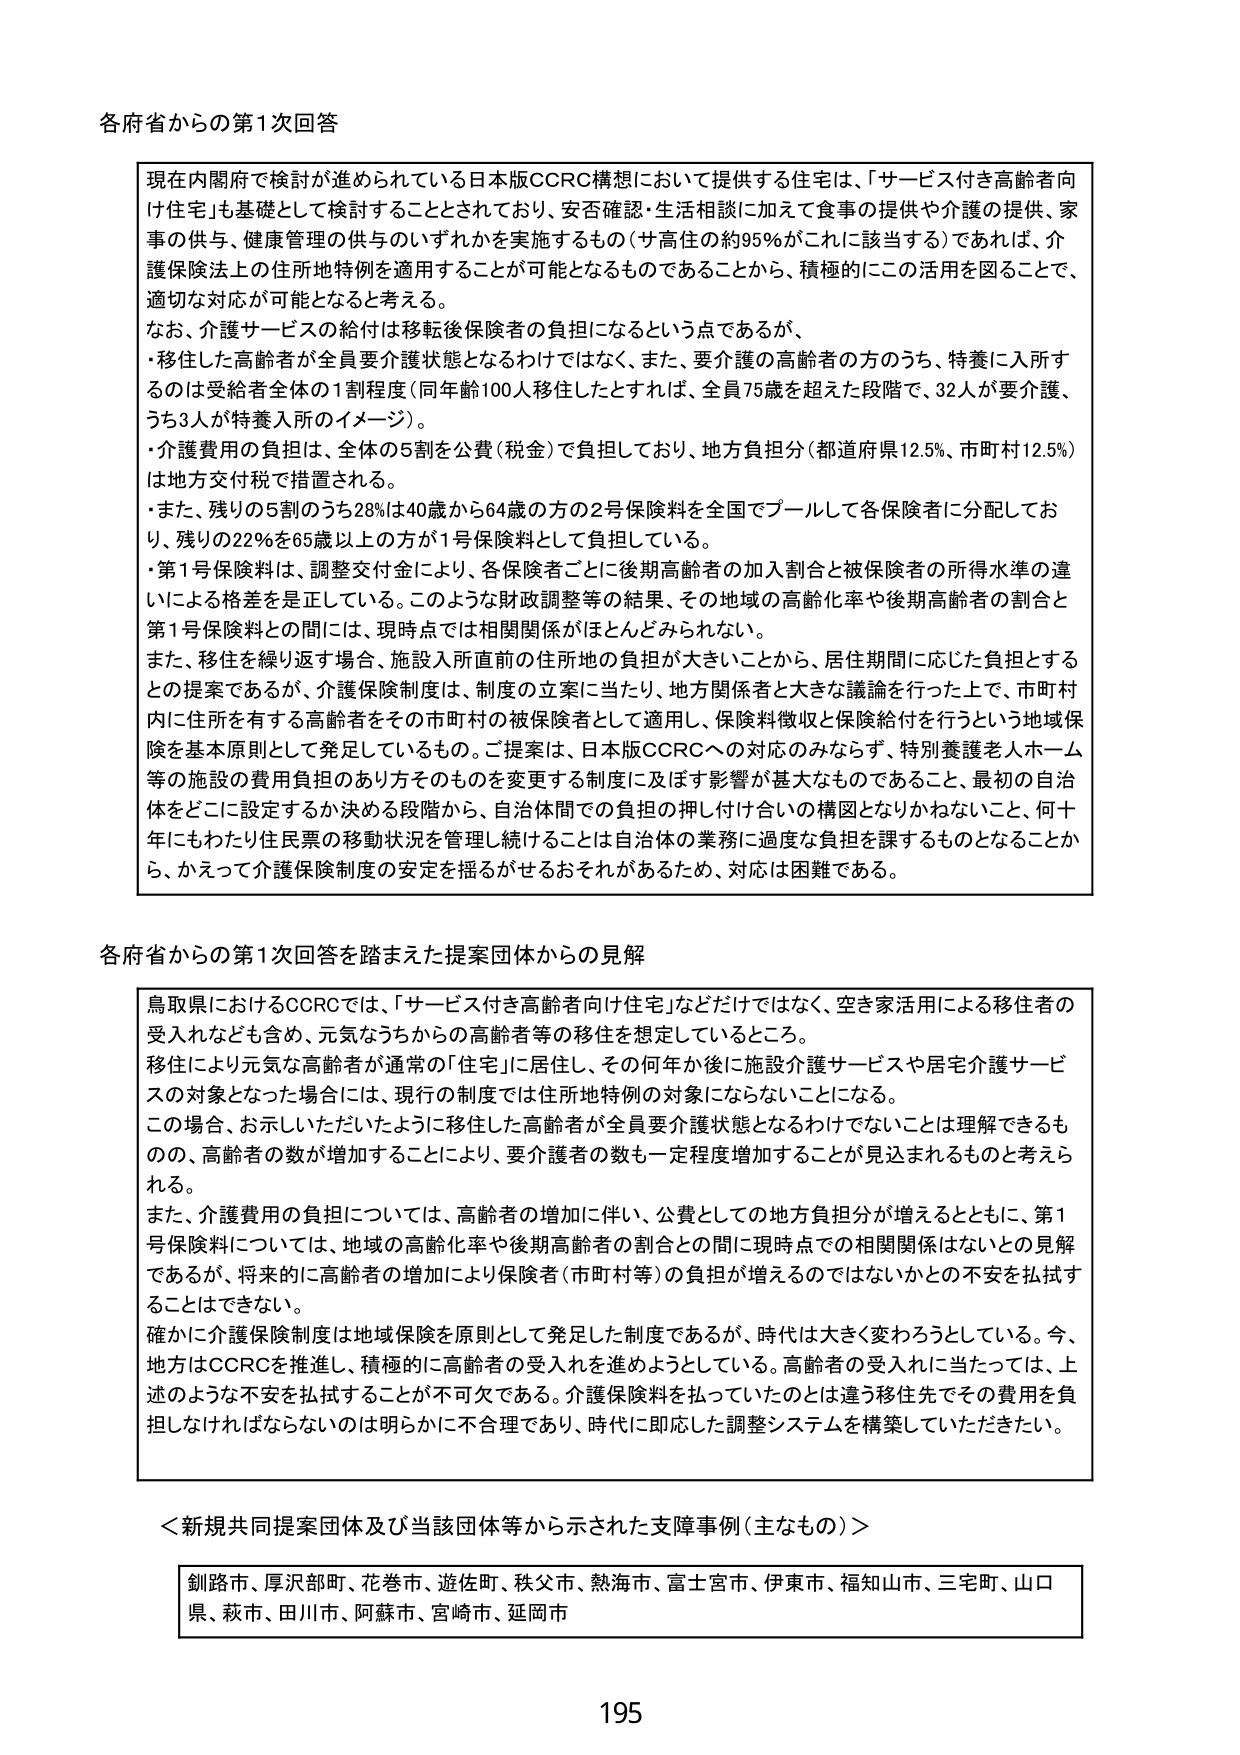
各府省からの第1次回答

現在内閣府で検討が進められている日本版CCRC構想において提供する住宅は、「サービス付き高齢者向け住宅」も基礎として検討することとされており、安否確認・生活相談に加えて食事の提供や介護の提供、家事の供与、健康管理の供与のいずれかを実施するもの（サ高住の約95％がこれに該当する）であれば、介護保険法上の住所地特例を適用することが可能となるものであることから、積極的にこの活用を図ることで、適切な対応が可能となると考える。

なお、介護サービスの給付は移転後保険者の負担になるという点であるが、
・移住した高齢者が全員要介護状態となるわけではなく、また、要介護の高齢者の方のうち、特養に入所するのは受給者全体の1割程度（同年齢100人移住したとすれば、全員75歳を超えた段階で、32人が要介護、うち3人が特養入所のイメージ）。
・介護費用の負担は、全体の5割を公費（税金）で負担しており、地方負担分（都道府県12.5％、市町村12.5％）は地方交付税で措置される。
・また、残りの5割のうち28％は40歳から64歳の方の2号保険料を全国でプールして各保険者に分配しており、残りの22％を65歳以上の方が1号保険料として負担している。
・第1号保険料は、調整交付金により、各保険者ごとに後期高齢者の加入割合と被保険者の所得水準の違いによる格差を是正している。このような財政調整等の結果、その地域の高齢化率や後期高齢者の割合と第1号保険料との間には、現時点では相関関係がほとんどみられない。

また、移住を繰り返す場合、施設入所直前の住所地の負担が大きいことから、居住期間に応じた負担とするとの提案であるが、介護保険制度は、制度の立案に当たり、地方関係者と大きな議論を行った上で、市町村内に住所を有する高齢者をその市町村の被保険者として適用し、保険料徴収と保険給付を行うという地域保険を基本原則として発足しているもの。ご提案は、日本版CCRCへの対応のみならず、特別養護老人ホーム等の施設の費用負担のあり方そのものを変更する制度に及ぼす影響が甚大なものであること、最初の自治体をどこに設定するか決める段階から、自治体間での負担の押し付け合いの構図となりかねないこと、何十年にもわたり住民票の移動状況を管理し続けることは自治体の業務に過度な負担を課するものとなることから、かえって介護保険制度の安定を揺るがせるおそれがあるため、対応は困難である。

各府省からの第1次回答を踏まえた提案団体からの見解

鳥取県におけるCCRCでは、「サービス付き高齢者向け住宅」などだけではなく、空き家活用による移住者の受入れなども含め、元気なうちからの高齢者等の移住を想定しているところ。
移住により元気な高齢者が通常の「住宅」に居住し、その何年か後に施設介護サービスや居宅介護サービスの対象となった場合には、現行の制度では住所地特例の対象にならないことになる。
この場合、お示しいただいたように移住した高齢者が全員要介護状態となるわけではないことは理解できるものの、高齢者の数が増加することにより、要介護者の数も一定程度増加することが見込まれるものと考えられる。
また、介護費用の負担については、高齢者の増加に伴い、公費としての地方負担分が増えるとともに、第1号保険料については、地域の高齢化率や後期高齢者の割合との間に現時点では相関関係はないとの見解であるが、将来的に高齢者の増加により保険者（市町村等）の負担が増えるのではないかとの不安を払拭することはできない。
確かに介護保険制度は地域保険を原則として発足した制度であるが、時代は大きく変わろうとしている。今、地方はCCRCを推進し、積極的に高齢者の受入れを進めようとしている。高齢者の受入れに当たっては、上述のような不安を払拭することが不可欠である。介護保険料を払っていたのとは違う移住先でその費用を負担しなければならないのは明らかに不合理であり、時代に即応した調整システムを構築していただきたい。

＜新規共同提案団体及び当該団体等から示された支障事例（主なもの）＞

釧路市、厚沢部町、花巻市、遊佐町、秩父市、熱海市、富士宮市、伊東市、福知山市、三宅町、山口県、萩市、田川市、阿蘇市、宮崎市、延岡市

195